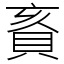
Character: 賌